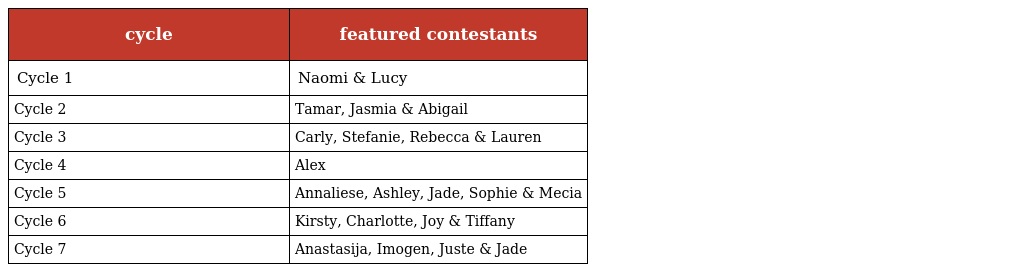
| cycle | featured contestants |
 | --- | --- |
 | Cycle 1 | Naomi & Lucy |
 | Cycle 2 | Tamar, Jasmia & Abigail |
 | Cycle 3 | Carly, Stefanie, Rebecca & Lauren |
 | Cycle 4 | Alex |
 | Cycle 5 | Annaliese, Ashley, Jade, Sophie & Mecia |
 | Cycle 6 | Kirsty, Charlotte, Joy & Tiffany |
 | Cycle 7 | Anastasija, Imogen, Juste & Jade |